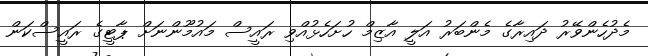
މެދުހެންވޭރު ދައިރާގެ މެންބަރު އަލީ އާޒިމް ހުށަހެޅުއްވި ރައީސް މައުމޫންނަށް ޕާޓީގެ ރައީސްކަން